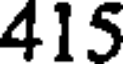
415